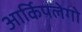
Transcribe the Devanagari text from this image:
आर्किपलेगो